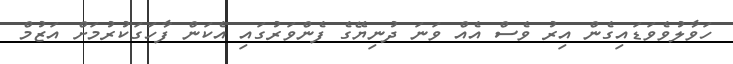
ހަވާލުވެވަޑައިގެން އިރު ވެސް އެއް ވަނަ ދުނިޔޭގެ ފެންވަރުގައި އެކަން ފާހަގަކުރުމަށް އަޒުމް